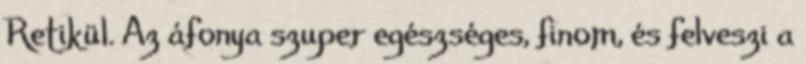
Retikül. Az áfonya szuper egészséges, finom, és felveszi a